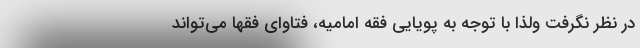
در نظر نگرفت ولذا با توجه به پویایی فقه امامیه، فتاوای فقها می‌تواند